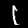
Label: 1